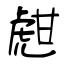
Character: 甝